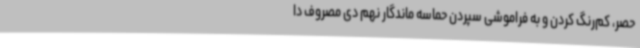
حصر، کم‌رنگ کردن و به فراموشی سپردن حماسه ماندگار نهم دی مصروف دا